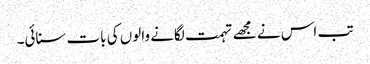
تب اس نے مجھے تہمت لگانے والوں کی بات سنائی۔